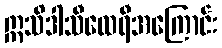
ဣသိဒါသီထေရီအကြောင်း